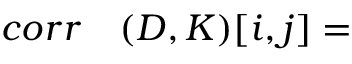
\begin{array} { r l } { c o r r } & { { } ( D , K ) [ i , j ] = } \end{array}